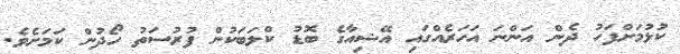
ކުޅުމަށްފަހު ދެން އަންނަ އަހަރެއްގައި އޭޝިއާގެ ބޮޑު ކްލަބަކުން ފުރުސަތު ހޯދުން ކަމަށެވެ.